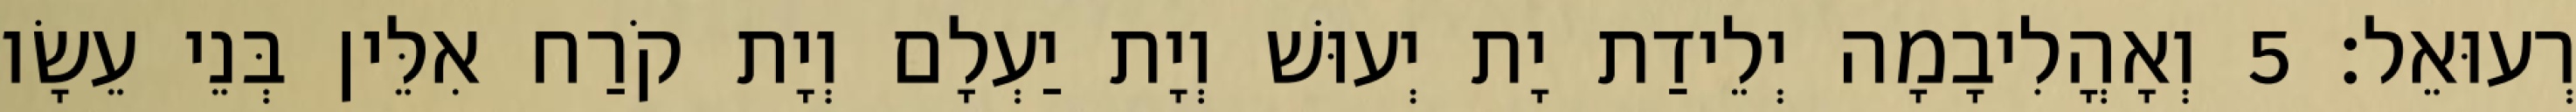
רְעוּאֵל׃ 5 וְאָהֳלִיבָמָה יְלֵידַת יָת יְעוּשׁ וְיָת יַעְלָם וְיָת קֹרַח אִלֵּין בְּנֵי עֵשָׂו